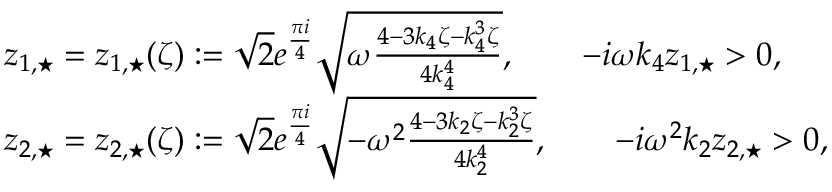
\begin{array} { r l } & { z _ { 1 , \star } = z _ { 1 , \star } ( \zeta ) : = \sqrt { 2 } e ^ { \frac { \pi i } { 4 } } \sqrt { \omega \frac { 4 - 3 k _ { 4 } \zeta - k _ { 4 } ^ { 3 } \zeta } { 4 k _ { 4 } ^ { 4 } } } , \qquad - i \omega k _ { 4 } z _ { 1 , \star } > 0 , } \\ & { z _ { 2 , \star } = z _ { 2 , \star } ( \zeta ) : = \sqrt { 2 } e ^ { \frac { \pi i } { 4 } } \sqrt { - \omega ^ { 2 } \frac { 4 - 3 k _ { 2 } \zeta - k _ { 2 } ^ { 3 } \zeta } { 4 k _ { 2 } ^ { 4 } } } , \qquad - i \omega ^ { 2 } k _ { 2 } z _ { 2 , \star } > 0 , } \end{array}